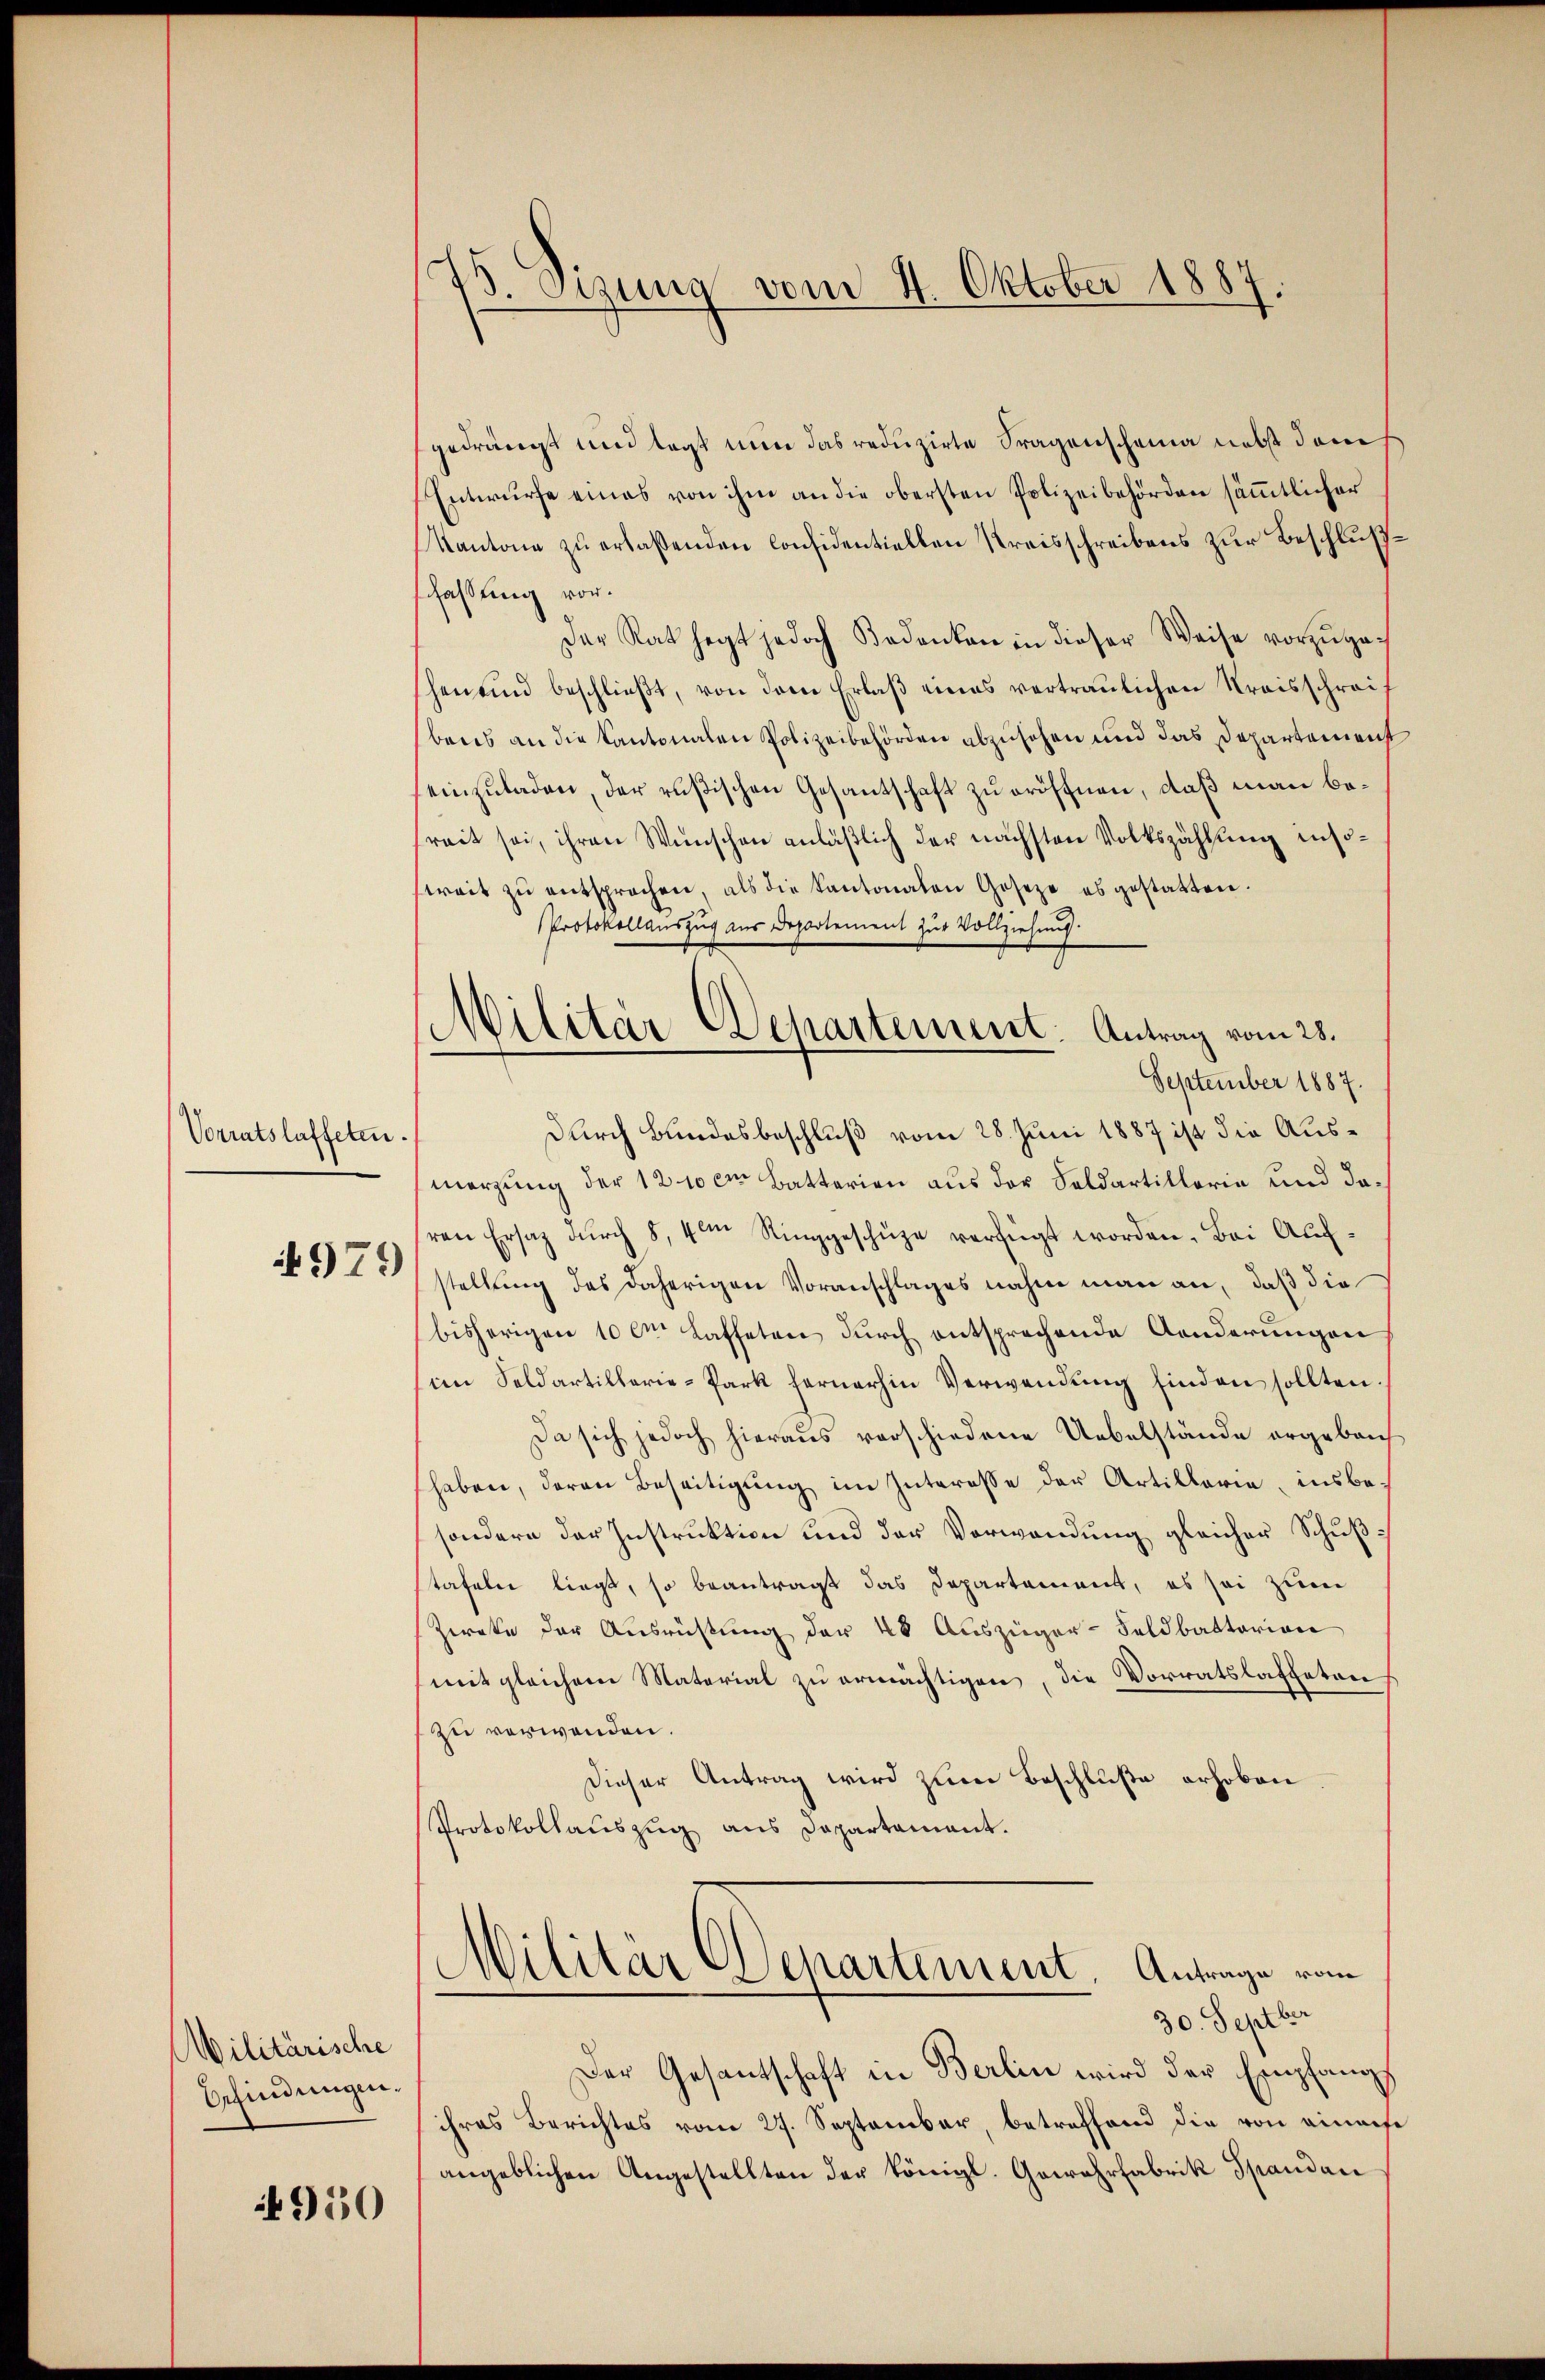
Vorratslaffeten.

979)

Militärische
Befindungen.

950

75. Sizung vom 4. Oktober 1887.

¬
Militär Departement: Antrag vom 28.

gedrängt und legt nun das reduzirte Fragenscheina nebst dans
Entwurfe eines von ihm an die obersten Polizeibehörden sämmtlicher
Kantone zu erlaßenden Considentiellen Kreisschreibens zur Beschlußschaffung vor.
Der Rat hegt jedoch Bodenken in dieser Weise vorzŭgahen und beschlieβt, von dem Erlaβ eines vertraulichen Kraisschreibens an die Kantonalen Polizeibehörden abzusehen und das Departement
einzuladen, der rußischen Gesantschaft zu eröffnen, daß man befreit sei, ihren Wünschen anläßlich der nächsten Volkszählung insotreit zŭ entsprochen, als die Kantonalen Goseze es gestatten.
Protokollauszug aus Departement zur Vollziehung.
September 1887.
durch Bundesbeschluß vom 28. Juni 1887 ist die Ausmerzung der 12 10 cm Batterien aus der Soldartillorie und daren Ersatz dŭrch 8, 4ten Ringgeschüze verfügt worden. Bei Aufstellung des daherigen Voranschlages nahm man an, daß die
bisherigen 10 im Kaffeten durch entsprechende Aenderungen
im Seldartillerie-Park fernerhin Verwendung finden sollten.
Da sich jedoch hieraus verschiedene Uebelstände ergeben
haben, daran Beseitigung im Interesse der Artillaria, insbesondern der Instruktion und der Verwendung gleicher Schußtafeln liegt, so beantragt das Departement, es sei zum
Zerate der Ausrüstung der 48 Auszüger-Feldbattarian
mit gleichem Material zu ermächtigen, die Vorratslasteten
zu verwenden.
Dieser Antrag wird zum Beschluße erhoben.
Protokollauszug aus Departamant.
Militär Departement. Antrage vom
30. Septber
Der Gesantschaft in Berlin wird der Empfangs
ihres Berichtes vom 27. September, betreffend die von einaufe
angeblichen Angestellten der königl. Gewehrfabrik Spandau